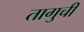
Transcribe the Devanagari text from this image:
तागुची